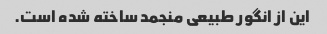
این از انگور طبیعی منجمد ساخته شده است.